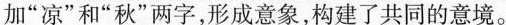
加”凉”和”秋”两字，形成意象，构建了共同的意境。